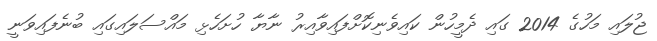
ޖުލައި މަހުގެ 2014 ގައި ދެމީހުން ކައިވެނިކޮށްފައިވާއިރު ނާޔާ ހުށަހެޅި މައްސަލައިގައި ބުނެފައިވަނީ